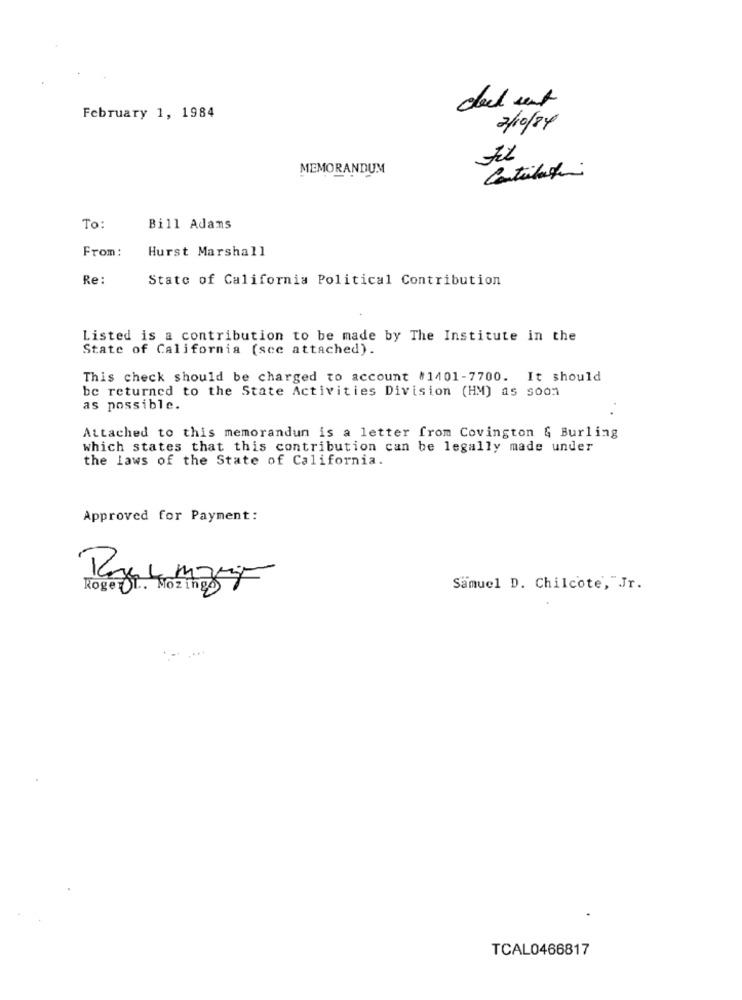
February 1, 1984
2/10/84
MEMORANDUM
Catalogo
To:
Bill Adams
From:
Hurst Marshall
Re:
State of California Political Contribution
Listed is a contribution to be made by The Institute in the
State of California (see attached).
This check should be charged to account #1401-7700. It should
be returned to the State Activities Division (HM) as soon
as possible.
Attached to this memorandum is a letter from Covington & Burling
which states that this contribution can be legally made under
the laws of the State of California.
Approved for Payment:
Roger. Nozines
Samuel D. Chilcote, "Jr.
TCAL0466817